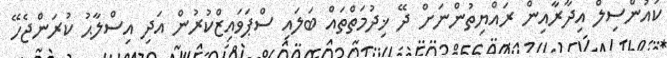
ކައުންސިލް އިދާރާއިން ރައްޔިތުންނަށް ދޭ ޚިދުމަތްތައް ބަލައި ސްޕަވައިޒްކުރުން އަދި އިސްލާޙު ކުރަންޖެހޭ